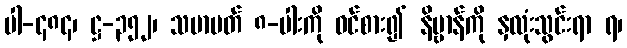
ပါ-၄၈၄၊ ဋ္ဌ-၃၅၂၊ သမာပတ် ၈-ပါးကို ဝင်စား၍ နိဗ္ဗာန်ကို နှလုံးသွင်းရာ ရ၊